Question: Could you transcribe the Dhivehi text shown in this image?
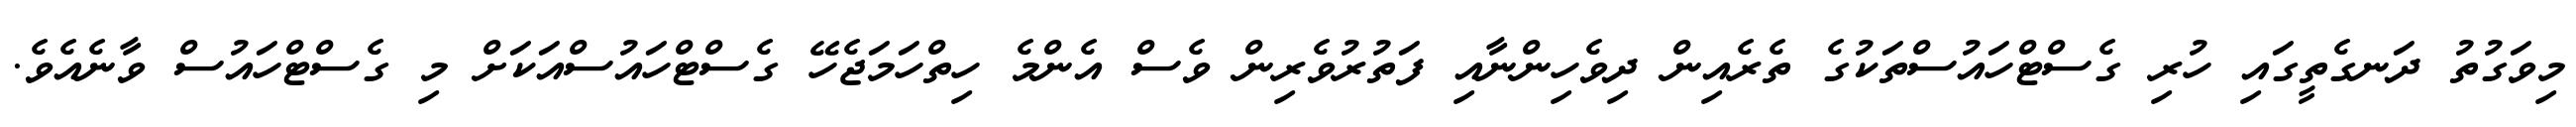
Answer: މިވަގުތު ދަނގެތީގައި ހުރި ގެސްޓްހައުސްތަކުގެ ތެރެއިން ދިވެހިންނާއި ފަތުރުވެރިން ވެސް އެންމެ ހިތްހަމަޖެހޭ ގެސްޓްހައުސްއަކަށް މި ގެސްޓްހައުސް ވާނެއެވެ.